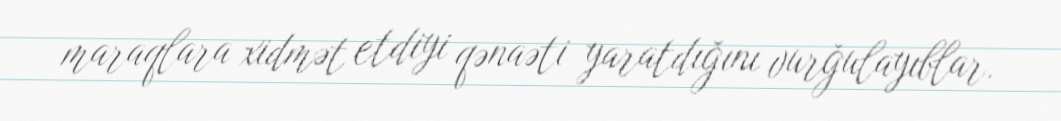
maraqlara xidmət etdiyi qənaəti yaratdığını vurğulayıblar.